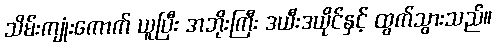
သိမ်းကျုံးကောက် ယူပြီး အဘိုးကြီး ဒယီးဒယိုင်နှင့် ထွက်သွားသည်။